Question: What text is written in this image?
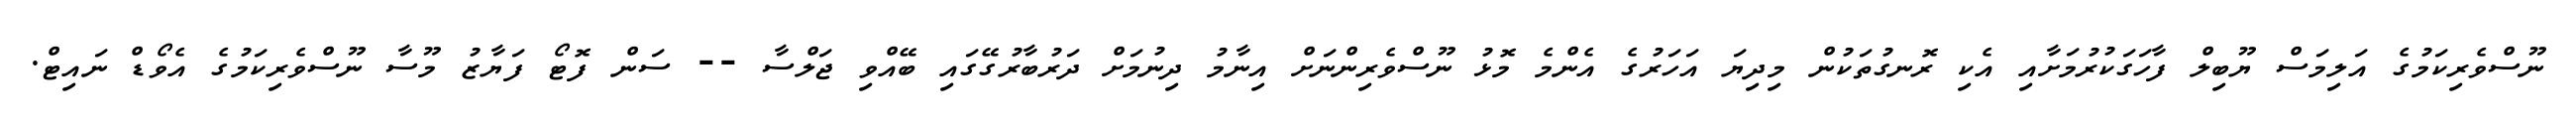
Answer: ނޫސްވެރިކަމުގެ އަލިމަސް ޔޫބިލް ފާހަގަކުރުމަށާއި އެކި ރޮނގުތަކުން މިދިޔަ އަހަރުގެ އެންމެ މޮޅު ނޫސްވެރިންނަށް އިނާމު ދިނުމަށް ދަރުބާރުގޭގައި ބޭއްވި ޖަލްސާ -- ސަން ފޮޓޯ ފަޔާޒު މޫސާ ނޫސްވެރިކަމުގެ އެވޯޑް ނައިޓް.